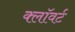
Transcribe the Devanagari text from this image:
क्लॉवर्ट